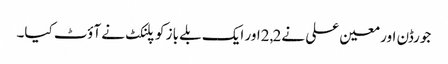
جورڈن اور معین علی نے2,2اور ایک بلے باز کو پلنکٹ نے آؤٹ کیا۔